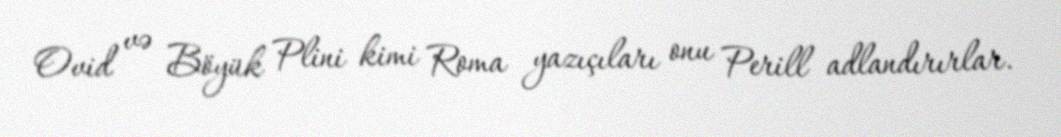
Ovid və Böyük Plini kimi Roma yazıçıları onu Perill adlandırırlar.